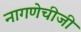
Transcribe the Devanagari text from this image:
नागणेचीजी